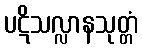
ပဋိသလ္လာနသုတ္တံ